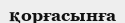
қорғасынға